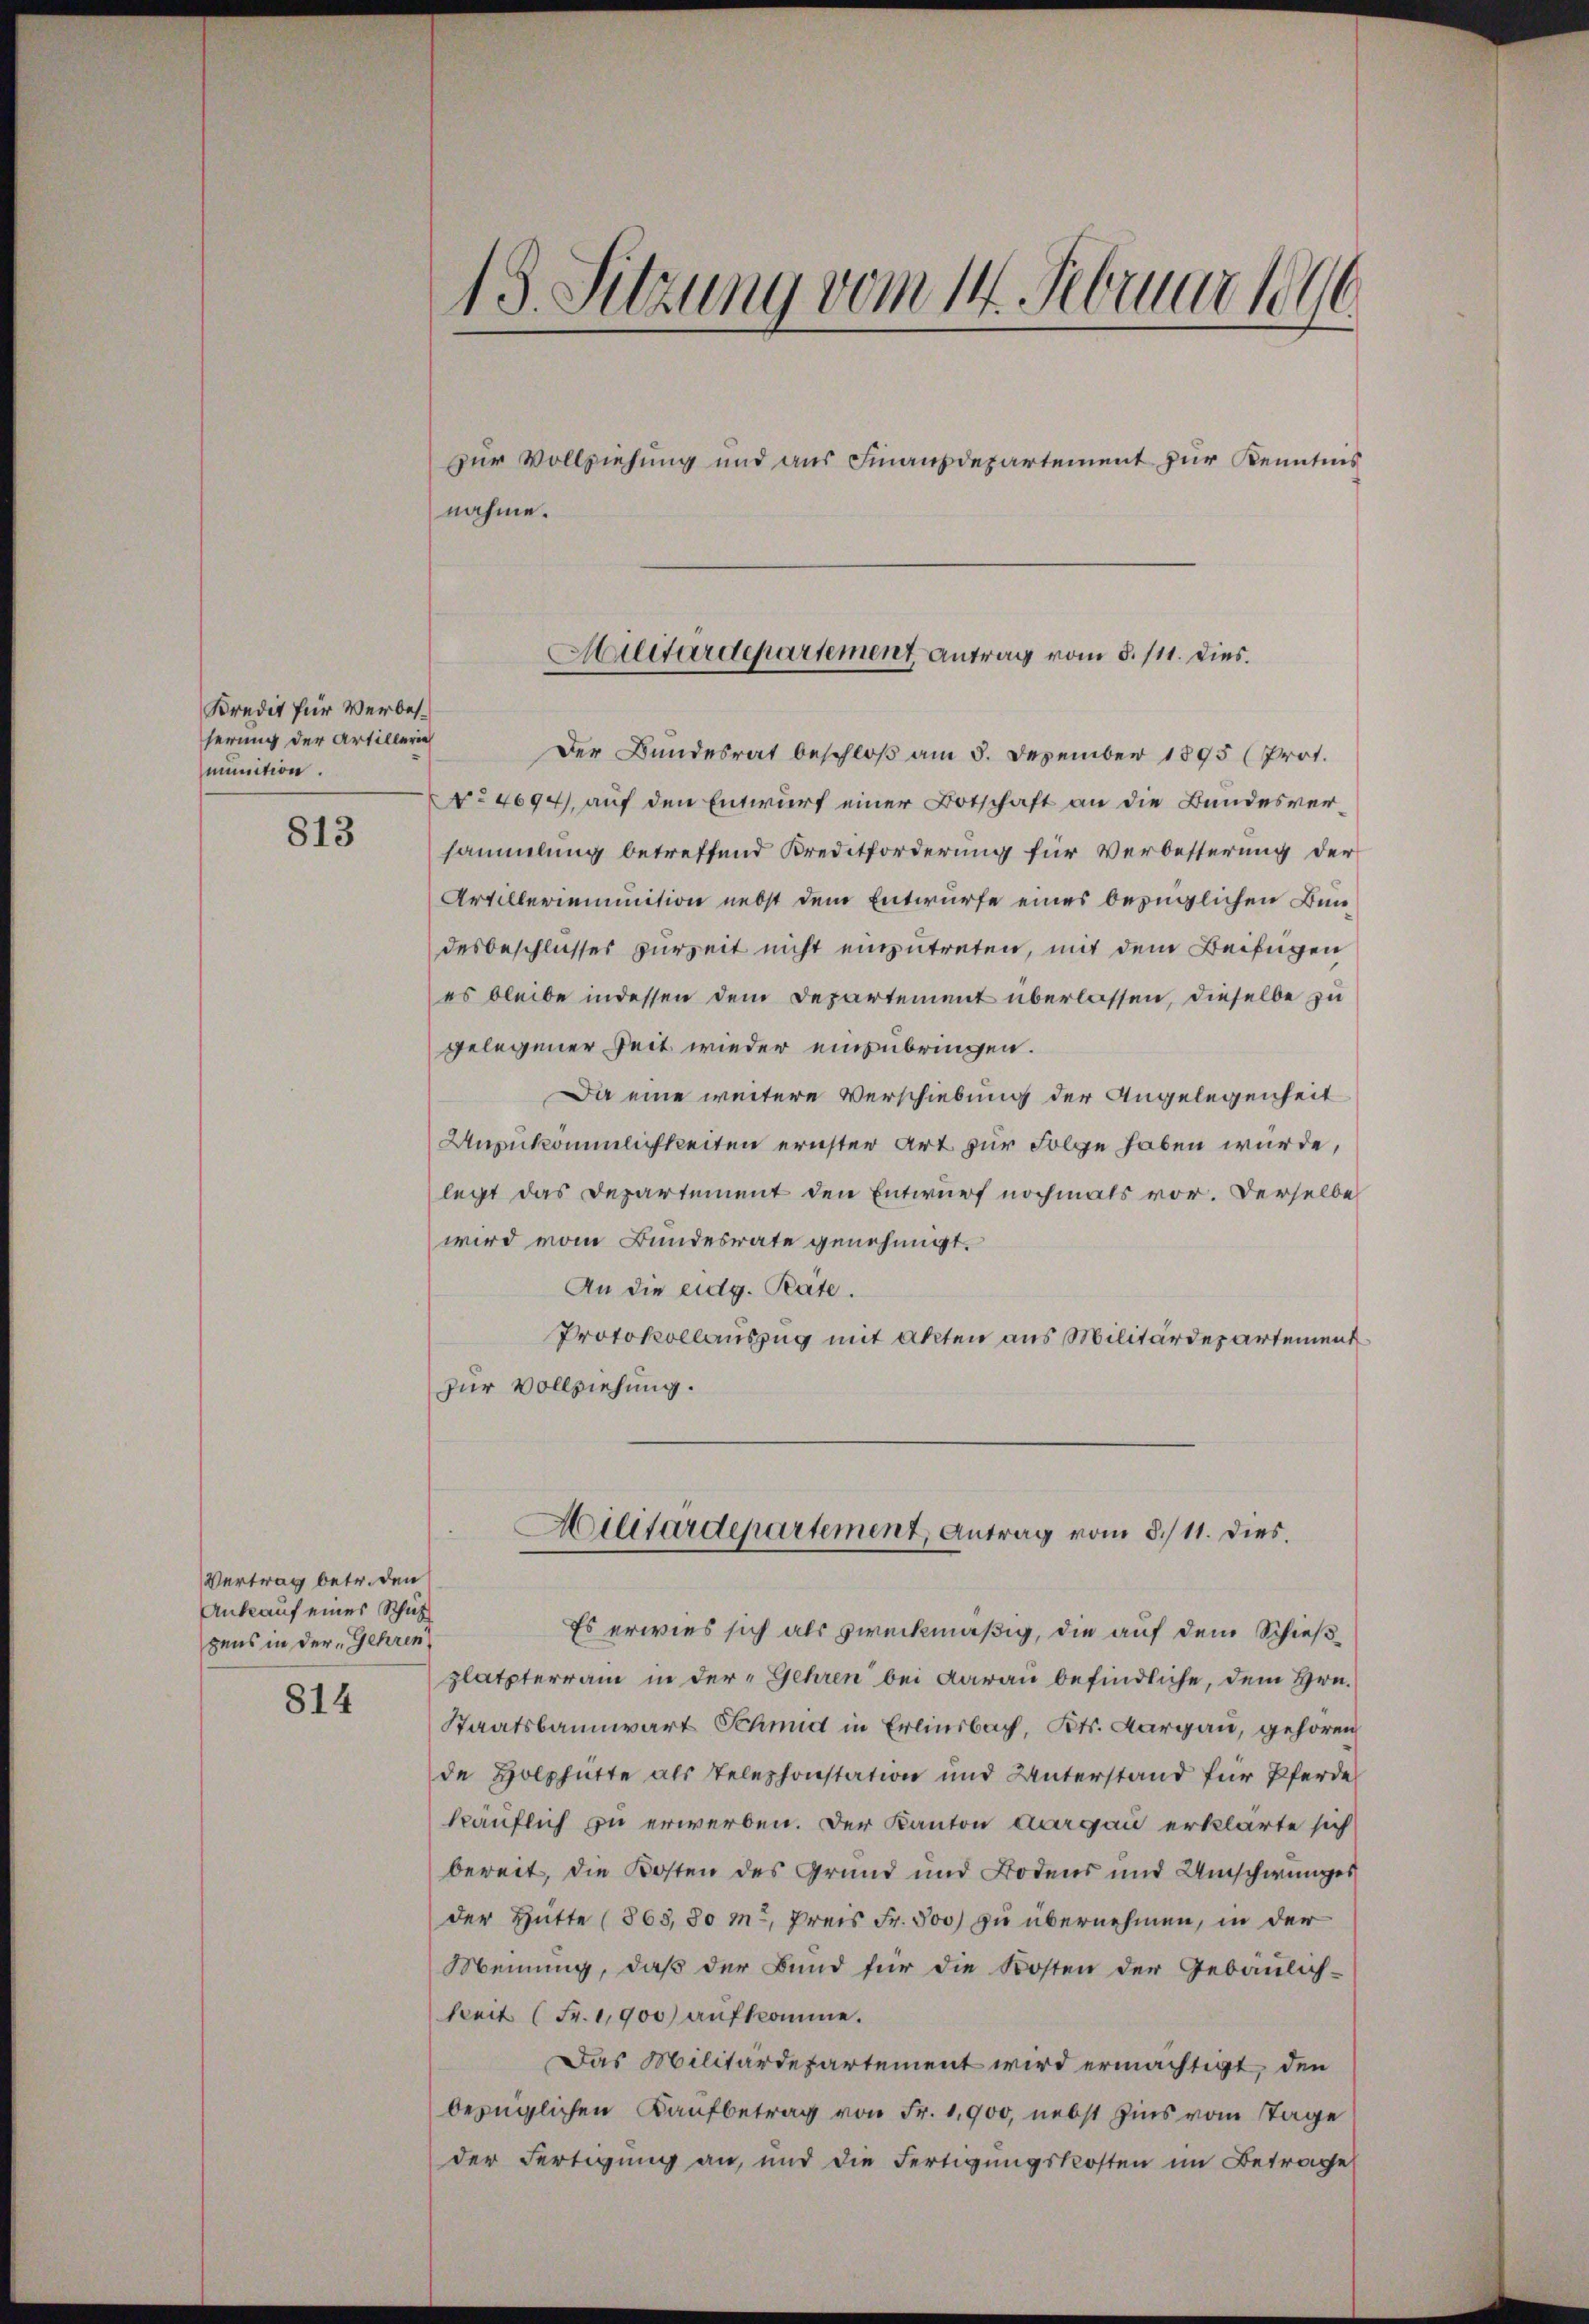
Kredit für Verbesserung der Artillerie
munition.

813

Vertrag betr. den
Ankauf eines Schutz
gens in der Gehren
814

1
18. Sitzung vom 14. Februar le

zur Vollziehung und aus Finanzdepartement zur Kenntnis
nahme.

Militärdepartement Antrag vom 8./11. dies.

Der Bundesrat beschloß am 5. Dezember 1895 (Prot.
No 4094), auf den Entwurf einer Botschaft an die Bundesversammlung betreffend Kreditforderung für Verbesterung der
Artilleriemmition nebst dem Entwurfe eines bezüglichen Bundesbeschlusses zurzeit nicht einzutreten, mit dem Beifügen
es bleibe indessen dem Departement überlassen, dieselbe zu
gelegener Zeit wieder einzubringen.
Da eine weitere Verschiebung der Angelegenheit
Anzukömmlichkeiten ernster Art zur Folge haben würde,
legt das Departement den Entwurf nochmals vor. Derselbe
wird vom Bundesrate genehmigt.
An die eidg. Pate.
Protokollauszug mit Akten aus Militärdepartement
zur Vollziehung.
Militärdepartement, Antrag vom 8./11. dies.
Es erwies sich als zweckmäßig, die auf dem Schieß
platzterrain in der Gehren bei darau befindliche, dem Hrn.
Staatsbannwart Schmidt in Erlinsbach, Kts. Aargau, gehören
de Holzhütte als Telephonstation und Unterstand für Pferde
käuflich zu erwerben. Der Kanton Aargau erklärte sich
bereit, die Kosten des Grund und Bodens und Umschwunges
der Hütte (863, 30 m., Preis Fr. 500) zu übernehmen, in der
Meinung, daß der Bund für die Kosten der Gebäulich-
Seit (Fr. 1900 aufkomme.
Das Militärdepartement wird ermächtigt, den
bezüglichen Kaufbetrag von Fr. 1,900, nebst Zins vom Tage
der Fertigung an, und die Fertigungskosten im Betrage